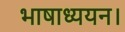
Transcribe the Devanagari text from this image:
भाषाध्ययन।